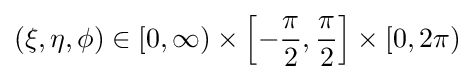
(\xi ,\eta ,\phi )\in [0,\infty )\times \left[-{\frac {\pi }{2}},{\frac {\pi }{2}}\right]\times [0,2\pi )